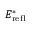
E _ { \mathrm { r e f l } } ^ { * }